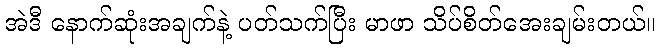
အဲဒီ နောက်ဆုံးအချက်နဲ့ ပတ်သက်ပြီး မာဖာ သိပ်စိတ်အေးချမ်းတယ်။